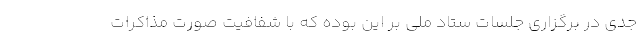
جدی در برگزاری جلسات ستاد ملی بر این بوده که با شفافیت صورت مذاکرات